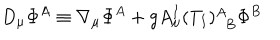
D _ { \mu } \Phi ^ { A } \equiv \nabla _ { \mu } \Phi ^ { A } + g A _ { \mu } ^ { I } ( T _ { I } ) _ { \, \, \, B } ^ { A } \Phi ^ { B }